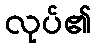
လုပ်၏